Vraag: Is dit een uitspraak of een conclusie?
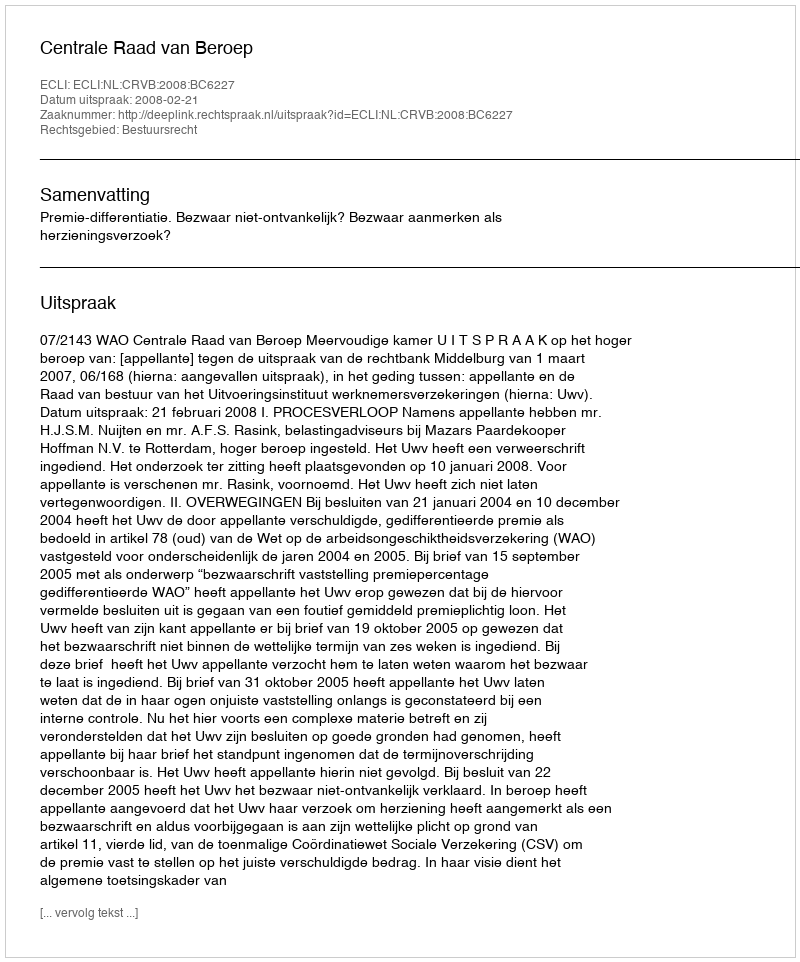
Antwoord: Uitspraak